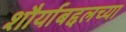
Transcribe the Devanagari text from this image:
शौर्याबद्दलच्या